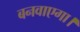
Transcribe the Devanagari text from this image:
बनवाएगा।